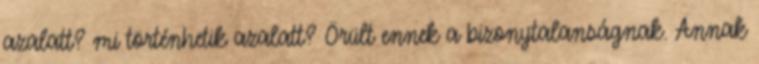
azalatt? mi történhetik azalatt? Örült ennek a bizonytalanságnak. Annak